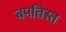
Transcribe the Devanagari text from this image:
बपतिस्त